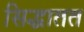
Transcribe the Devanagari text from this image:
सिद्धातत